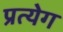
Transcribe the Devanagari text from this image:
प्रत्येग